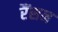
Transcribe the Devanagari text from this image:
रैंसन